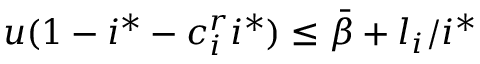
u ( 1 - i ^ { * } - c _ { i } ^ { r } i ^ { * } ) \le \bar { \beta } + l _ { i } / { i ^ { * } }